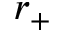
r _ { + }